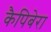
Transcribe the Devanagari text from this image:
कैपिबेरा